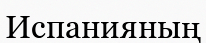
Испанияның